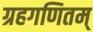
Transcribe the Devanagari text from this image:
ग्रहगणितम्